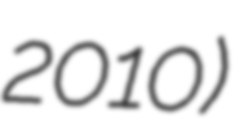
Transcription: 2010)